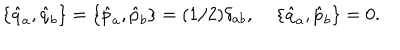
LaTeX: \{ \hat { q } _ { a } , \hat { q } _ { b } \} = \{ \hat { p } _ { a } , \hat { p } _ { b } \} = ( 1 / 2 ) \delta _ { a b } , \; \{ \hat { q } _ { a } , \hat { p } _ { b } \} = 0 .